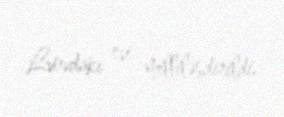
Lvovdakı evi milliləşdirildi.